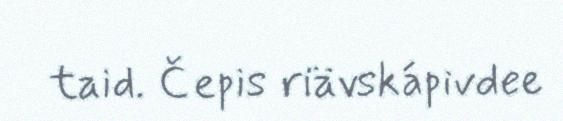
taid. Čepis riävskápivdee